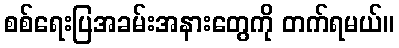
စစ်ရေးပြအခမ်းအနားတွေကို တက်ရမယ်။